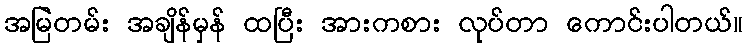
အမြဲတမ်း အချိန်မှန် ထပြီး အားကစား လုပ်တာ ကောင်းပါတယ်။